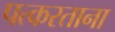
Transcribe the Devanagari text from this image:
पत्करताना